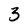
Character: 3